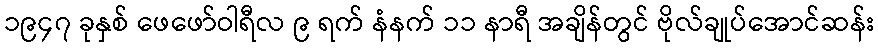
၁၉၄၇ ခုနှစ် ဖေဖော်ဝါရီလ ၉ ရက် နံနက် ၁၁ နာရီ အချိန်တွင် ဗိုလ်ချုပ်အောင်ဆန်း